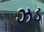
ઝડ